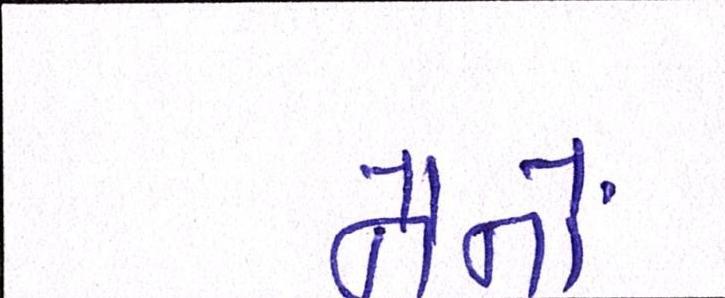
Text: નૈનોં